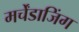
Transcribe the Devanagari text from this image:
मर्चेंडाजिंग